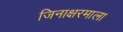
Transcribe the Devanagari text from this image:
जिनाक्षरमाला